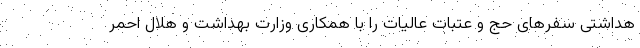
هداشتی سفرهای حج و عتبات عالیات را با همکاری وزارت بهداشت و هلال احمر